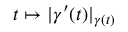
t \mapsto | \gamma ^ { \prime } ( t ) | _ { \gamma ( t ) }